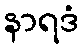
နာရဒံ